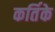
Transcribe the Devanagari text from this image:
कर्तिके